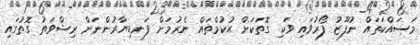
މަސައްކަތައް ނުފޫޒު ފޯރުވައި ވަކި ގޮތަކަށް ޙުކުމްތައް ނެރުމަށް ފަނޑިޔާރުންނަށް ރިޝްވަތު ގޮތުގައި